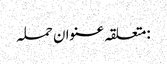
:متعلقہ عنوان حملہ